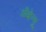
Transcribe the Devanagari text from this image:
अँव्हेन्यू